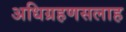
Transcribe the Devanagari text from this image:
अधिग्रहणसलाह